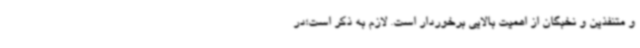
و متنفذین و نخبگان از اهمیت بالایی برخوردار است. لازم به ذکر است؛در